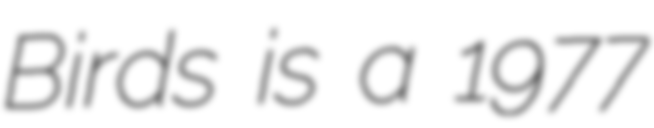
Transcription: Birds is a 1977